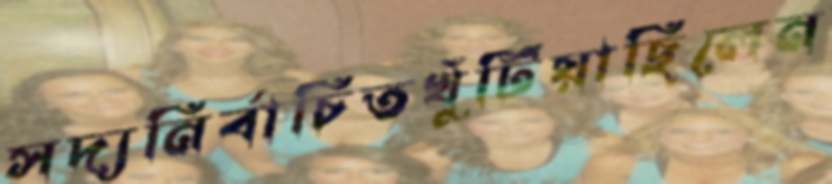
সদ্যনির্বাচিতখুঁটিয়াছিলেন